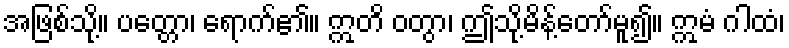
အဖြစ်သို့။ ပတ္တော၊ ရောက်၏။ ဣတိ ဝတွာ၊ ဤသို့မိန့်တော်မူ၍။ ဣမံ ဂါထံ၊